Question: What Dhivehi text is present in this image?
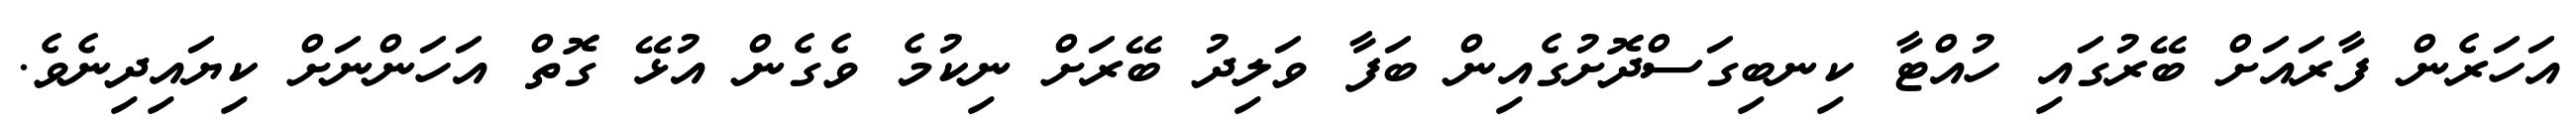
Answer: އަހަރެން ފާރައަށް ބޭރުގައި ހުއްޓާ ކިނބިގަސްދޮށުގެއިން ބަފާ ވަލިދު ބޭރަށް ނިކުމެ ވެގެން އުޅޭ ގޮތް އަހަންނަށް ކިޔައިދިނެވެ.